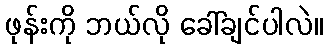
ဖုန်းကို ဘယ်လို ခေါ်ချင်ပါလဲ။